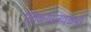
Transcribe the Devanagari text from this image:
पुतळ्याजवळ५७